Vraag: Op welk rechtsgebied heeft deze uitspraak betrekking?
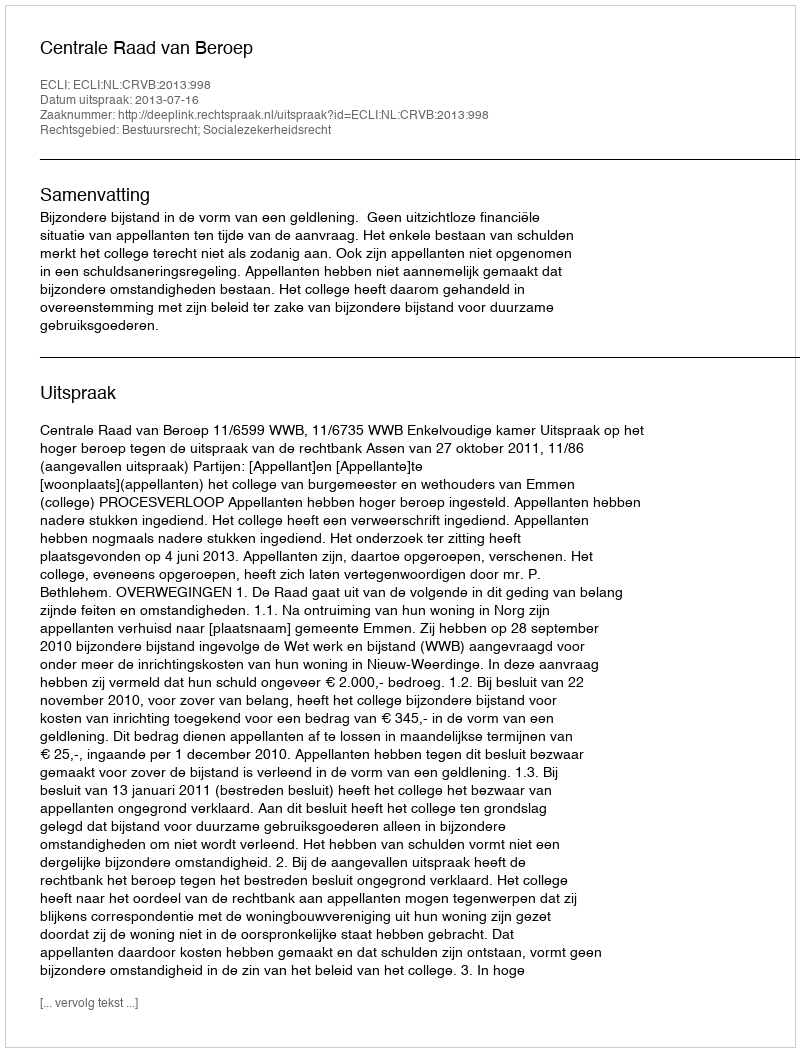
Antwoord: Bestuursrecht; Socialezekerheidsrecht